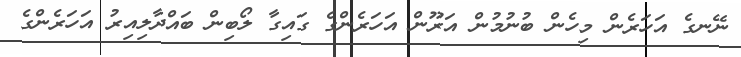
ނޭނގެ އަހަރެން މިހެން ބުނުމުން އަރޫން އަހަރެންގެ ގައިގާ ލޯބިން ބައްދާލިއިރު އަހަރެންގެ